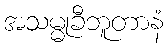
အသမ္မုခီဘူတာနံ